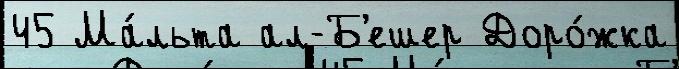
45 Ма́льта ал-Б'ешер Доро́жка